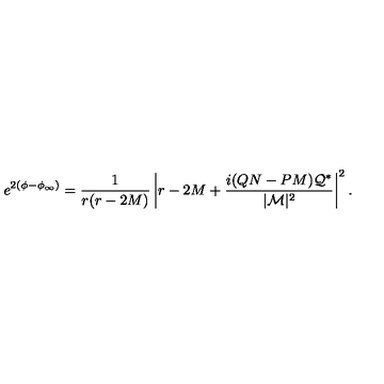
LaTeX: e ^ { 2 \left( \phi - \phi _ { \infty } \right) } = \frac { 1 } { r ( r - 2 M ) } \left| r - 2 M + \frac { i ( Q N - P M ) { \cal Q } ^ { * } } { | { \cal M } | ^ { 2 } } \right| ^ { 2 } .